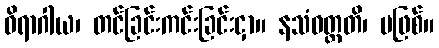
ဝိရာဂါယ၊ တင်ခြင်းကင်းခြင်းငှာ။ နသံဝတ္တတိ၊ မဖြစ်။